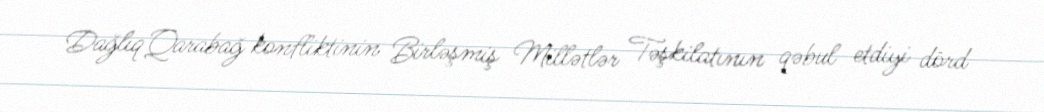
Dağlıq Qarabağ konfliktinin Birləşmiş Millətlər Təşkilatının qəbul etdiyi dörd